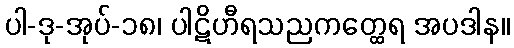
ပါ-ဒု-အုပ်-၁၈၊ ပါဋိဟီရသညကတ္ထေရ အပဒါန။